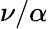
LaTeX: \nu/\alpha